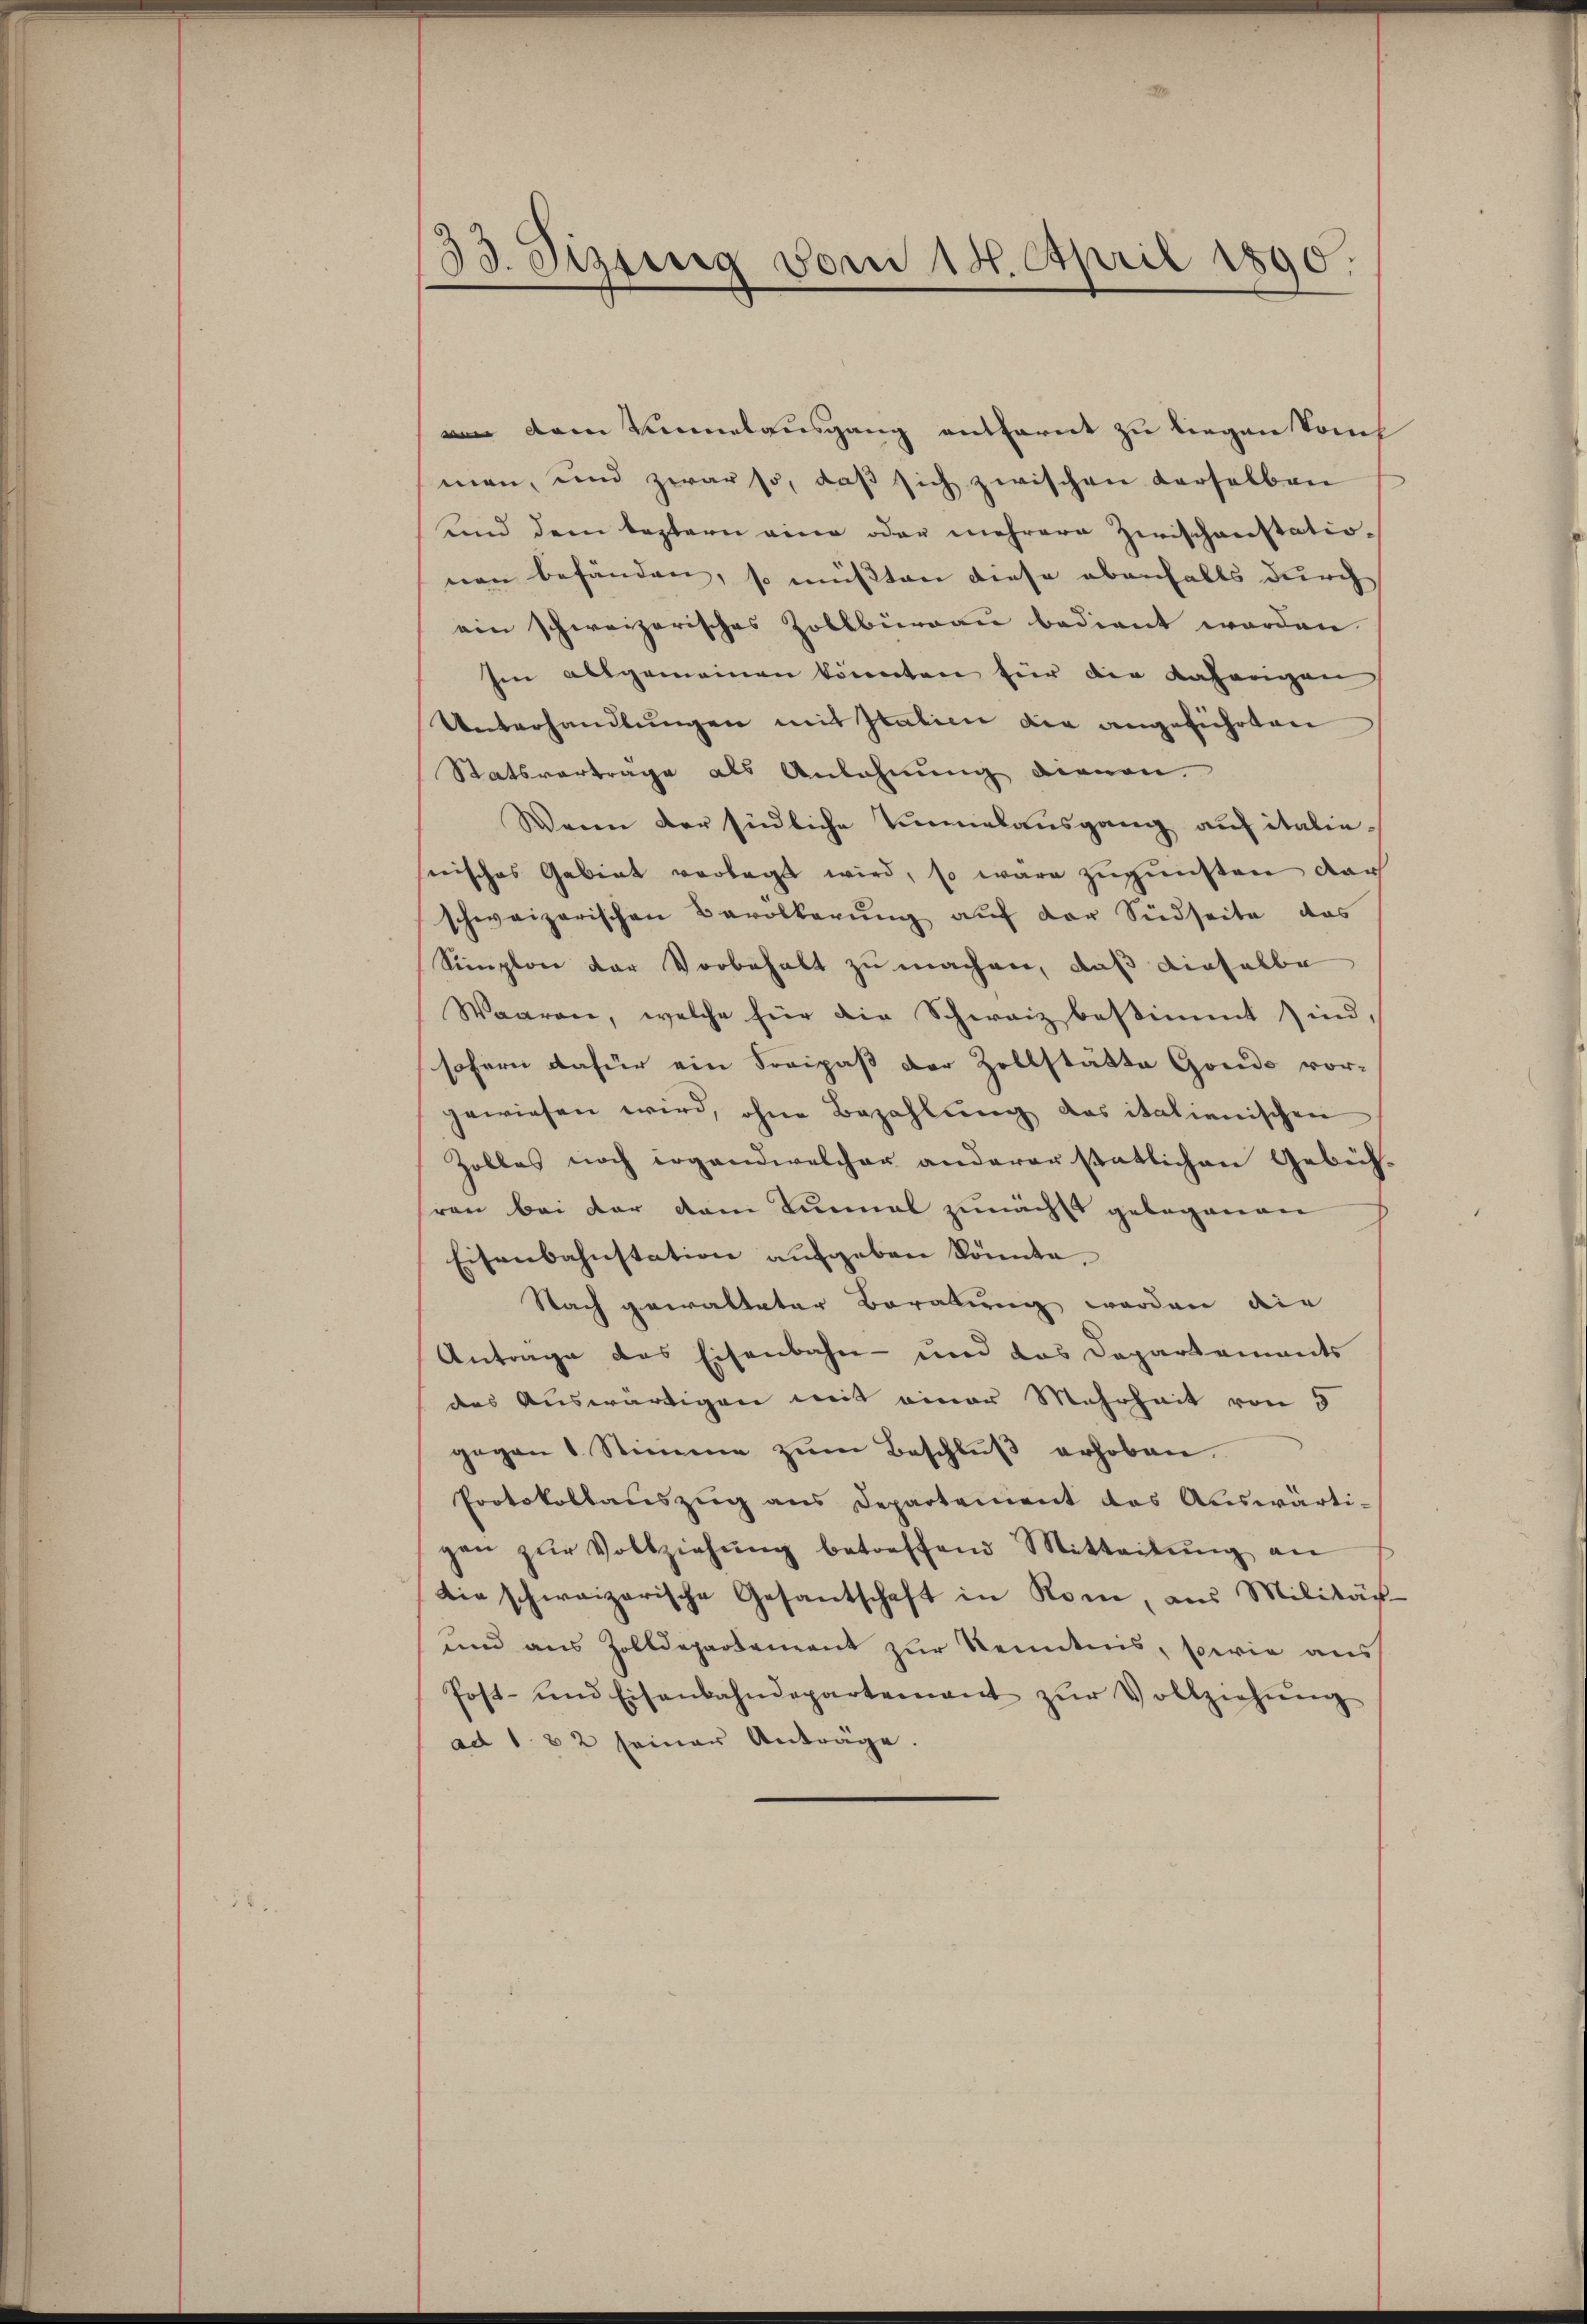
33. Sizung vom 18. April 1890.

von dem Sinnelausgang entfernt zu liegen Concl
men, und zwar so, daß sich zwischen derselben
und dem leztern eine oder mehrere Zwischenstationen befänden, so müßten diese ebenfalls durch
ein schweizerisches Zollbüreau bedient worden.
Ien allgemeinen könnten für der Anhangen
Unterhandlungen mit Italien die angeführten
Statsvertrage als Anlehnung dienen.
Wenn der südliche Vinalausgang auf italie-
erisches Gebiet verlegt wird, so wäre zugunsten dar
schweizerischen Bevölkerŭng aŭf der Südseite das
Simplon der Vorbehalt zu machen, daß dieselbe
Waaren, welche für die Schweiz bestimmt sind,
sofern dafür ein Freipaß der Zollstätte Gondo vor-
gewiesen wird, ohne Bezahlŭng das italienischen
Zolles noch irgendwelcher anderer statlichen Gebühren bei der dem Turnal zunächst gelegenen
Eisenbahnstation aufgeben könnte.
Nach gewalteter Beratung werden die
Antrage des Eisenbahn- und das Departements
des Auswärtigen mit einer Mehrheit von 5
gegen 1 Stimme zŭm Beschlŭβ erhoben.
Protokollauszug aus Departement das Auswärti-
gen zŭr Vollziehŭng betreffend Mitteilŭng an
die schweizerische Gesantschaft in Rom, aus Militär-
und aus Zolldepartement zur Kenntnis, sowie aus
Post- und Eisenbahndepartenant zŭr Vollziehŭng
ad 1. 82 seiner Anträge.